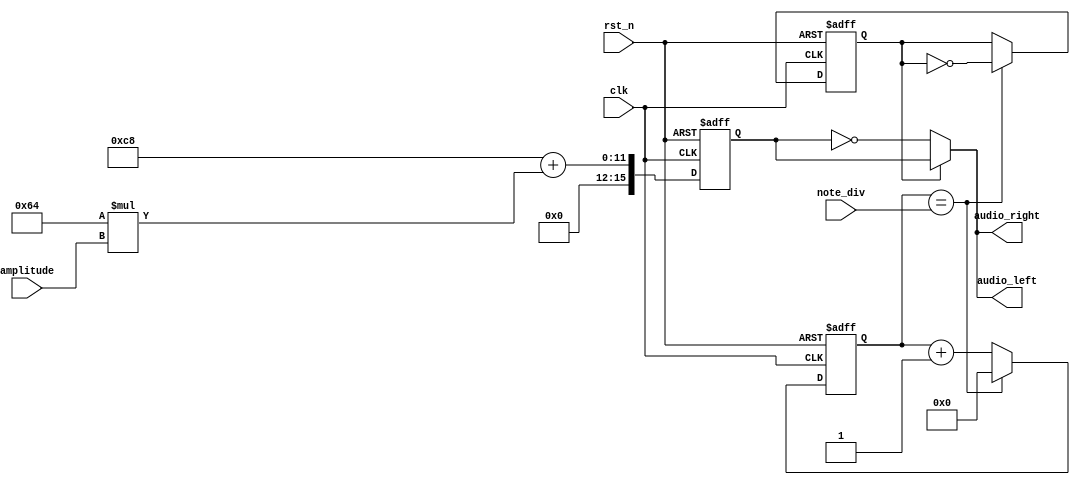
module buzzer(clk, rst_n, note_div, audio_left, audio_right, amplitude);
    input clk; 
    input rst_n; 
    input [21:0]note_div; 
    input [3:0]amplitude;
    output reg [15:0]audio_left; 
    output reg [15:0]audio_right; 

    reg [21:0]clk_cnt_next;
    reg [21:0]clk_cnt;
    reg b_clk, b_clk_next;
    reg [15:0]voice;
    reg [15:0]voice_temp;
    
    always @*
         if (clk_cnt == note_div) begin
            clk_cnt_next = 22'd0;
            b_clk_next = ~b_clk;
        end
        else begin
            clk_cnt_next = clk_cnt + 1'b1;
            b_clk_next = b_clk;
        end
        
        always @(posedge clk or negedge rst_n)
            if (~rst_n) begin
                clk_cnt <= 22'd0;
                b_clk <= 1'b0;
            end
            else begin
                clk_cnt <= clk_cnt_next;
                b_clk <= b_clk_next;
            end
    
    always@* voice_temp = 16'd200 + (16'd100*amplitude);
    always@(posedge clk or negedge rst_n)
        if (~rst_n) voice <= 15'd0;
        else voice = voice_temp;
        
    always@*
        if (b_clk == 1) begin
            audio_left = voice;
            audio_right = voice;
        end
        else begin
            audio_left = ~voice;
            audio_right = ~voice;
        end
    
endmodule